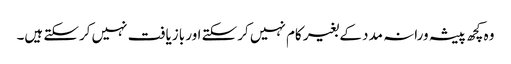
وہ کچھ پیشہ ورانہ مدد کے بغیر کام نہیں کرسکتے اور بازیافت نہیں کرسکتے ہیں۔